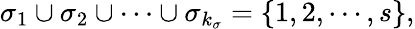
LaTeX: \sigma_{1}\cup\sigma_{2}\cup\cdots\cup\sigma_{k_{\sigma}}=\{ 1,2,\cdots,s\} ,